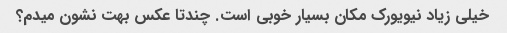
خیلی زیاد نیویورک مکان بسیار خوبی است. چندتا عکس بهت نشون میدم؟